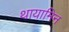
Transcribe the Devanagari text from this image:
थायामिन